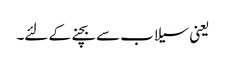
یعنی سیلاب سے بچنے کے لئے۔